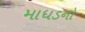
માધડનો